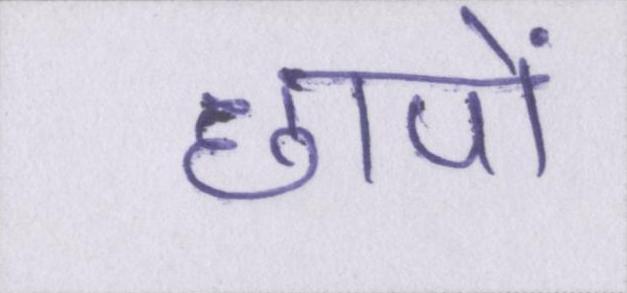
छापों